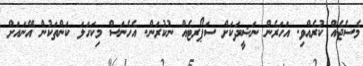
މެސެޖެއް ކުރެއްވި. އަހަރެން ނަޝީދަކަށް ސަޕޯރޓެއް ނުކުރަން. އެހެނަސް މިކަހަލަ ކަންތަކުން އޭނައަށް